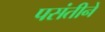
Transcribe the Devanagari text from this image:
पसंतीने